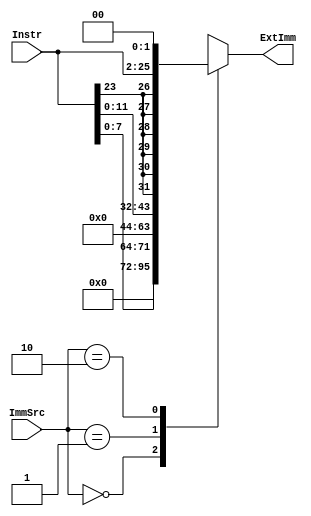
module extend (
	Instr,
	ImmSrc,
	ExtImm
);
	input wire [23:0] Instr;
	input wire [1:0] ImmSrc;
	output reg [31:0] ExtImm;
	always @(*)
		case (ImmSrc)
			2'b00: ExtImm = {24'b000000000000000000000000, Instr[7:0]};
			2'b01: ExtImm = {20'b00000000000000000000, Instr[11:0]};
			2'b10: ExtImm = {{6 {Instr[23]}}, Instr[23:0], 2'b00};
			default: ExtImm = 32'bxxxxxxxxxxxxxxxxxxxxxxxxxxxxxxxx;
		endcase
endmodule